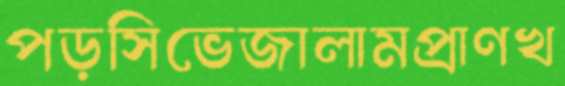
পড়সিভেজালামপ্রাণখ